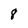
Character: 8